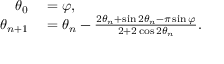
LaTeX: \begin{array} { r l } { \theta _ { 0 } } & { { } = \varphi , } \\ { \theta _ { n + 1 } } & { { } = \theta _ { n } - { \frac { 2 \theta _ { n } + \sin 2 \theta _ { n } - \pi \sin \varphi } { 2 + 2 \cos 2 \theta _ { n } } } . } \end{array}